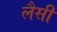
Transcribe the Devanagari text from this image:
लैसी